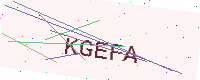
Text: KGEFA